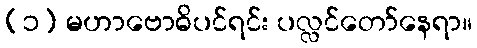
(၁) မဟာဗောဓိပင်ရင်း ပလ္လင်တော်နေရာ။